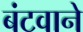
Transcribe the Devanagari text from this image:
बंटवाने